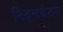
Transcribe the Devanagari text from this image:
निव्रुत्तवेतन